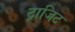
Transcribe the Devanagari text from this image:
ट्राजिट